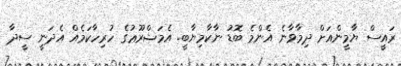
ރައީސް ޔާމީންއަށް ދިމާވާނެ އެންމެ ބޮޑު ނާކާމިޔާބީ. އެމަޝްރޫޢުގެ ހުރިހާކަމެއް އެދަނީ ސީދާ